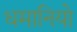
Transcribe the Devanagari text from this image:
धमानियो